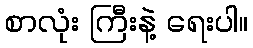
စာလုံး ကြီးနဲ့ ရေးပါ။